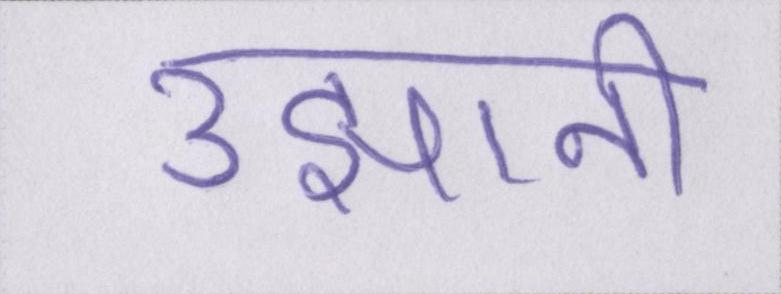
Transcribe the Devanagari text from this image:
उझानी